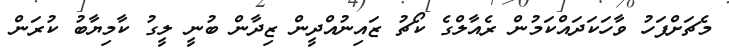
މެޗަށްފަހު ވާހަކަދައްކަމުން ރެއާލްގެ ކޯޗު ޒައިނުއްދީން ޒިދާން ބުނީ ލީގު ކާމިޔާބު ކުރަން